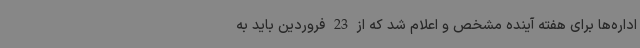
اداره‌ها برای هفته آینده مشخص و اعلام شد که از 23 فروردین باید به